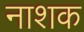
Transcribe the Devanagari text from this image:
नाश्‍ाक